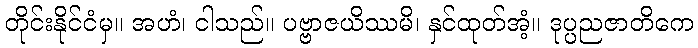
တိုင်းနိုင်ငံမှ။ အဟံ၊ ငါသည်။ ပဗ္ဗာဇယိဿမိ၊ နှင်ထုတ်အံ့။ ဒုပ္ပညဇာတိကေ